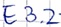
Text: E3.2